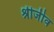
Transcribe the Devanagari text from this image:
श्रीजीव